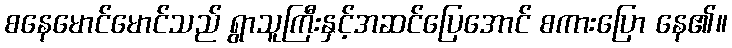
စနေမောင်မောင်သည် ရွာသူကြီးနှင့်အဆင်ပြေအောင် စကားပြော နေ၏။